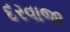
દરવાજા